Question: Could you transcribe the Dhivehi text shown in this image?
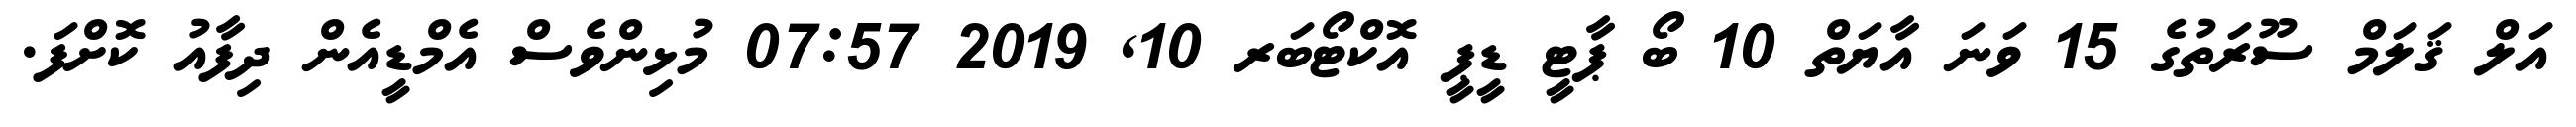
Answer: އަލް ޤަލަމް ސޫރަތުގެ 15 ވަނަ އާޔަތް 10 ބޯ ޕާޓީ ޑީޕީ އޮކްޓޯބަރ 10, 2019 07:57 މުޅިންވެސް އެމްޑީއެން ދިފާއު ކޮށްފަ.